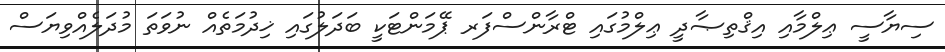
ސިޔާސީ ޢިލްމާއި އިޤްތިޞާދީ ޢިލްމުގައި ޓްރާންސްފަރ ޕޭމަންޓަކީ ބަދަލުގައި ޚިދުމަތެއް ނުވަތަ މުދަލެއްވިޔަސް